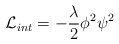
\begin{align*}{\cal L}_{int} = -\frac{\lambda}{2}{\phi}^{2}{\psi}^{2}\end{align*}